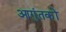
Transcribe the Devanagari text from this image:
आगुंतकों